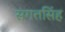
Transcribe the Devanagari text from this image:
संगतसिंह